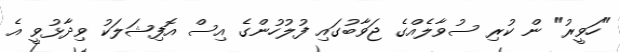
"ހަވީރު" ން ކުރި ސުވާލެއްގެ ޖަވާބުގައި ފުލުހުންގެ އިސް އޮފިޝަލަކު ވިދާޅުވީ އެ